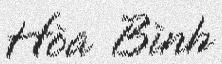
Hòa Bình